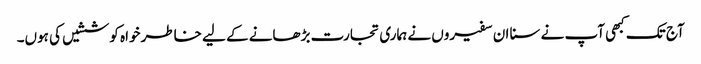
آج تک کبھی آپ نے سنا ان سفیروں نے ہماری تجارت بڑھانے کے لیے خاطر خواہ کوششیں کی ہوں۔